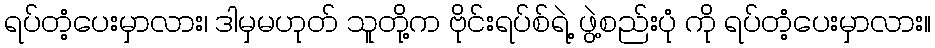
ရပ်တံ့ပေးမှာလား၊ ဒါမှမဟုတ် သူတို့က ဗိုင်းရပ်စ်ရဲ့ ဖွဲ့စည်းပုံ ကို ရပ်တံ့ပေးမှာလား။